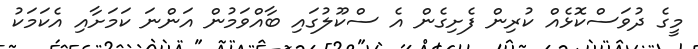
މީގެ ދުވަސްކޮޅެއް ކުރިން ފެށިގެން އެ ސްކޫލުގައި ބާއްވަމުން އަންނަ ކަމަށާއި އެކަމަކު